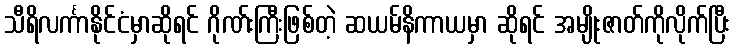
သီရိလင်္ကာနိုင်ငံမှာဆိုရင် ဂိုဏ်းကြီးဖြစ်တဲ့ ဆယမ်နိကာယမှာ ဆိုရင် အမျိုးဇာတ်ကိုလိုက်ပြီး